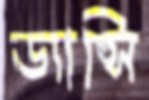
ড্যান্সি